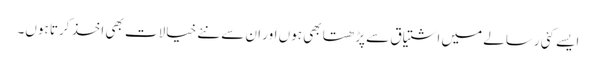
ایسے کئی رسالے میں اشتیاق سے پڑھتا بھی ہوں اور ان سے نئے خیالات بھی اخذ کرتا ہوں۔